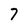
Character: 7